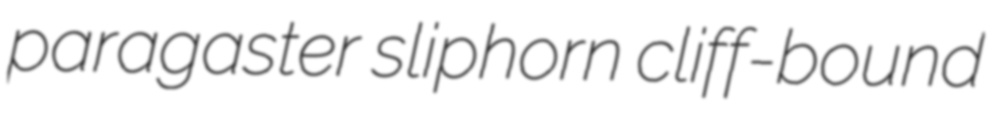
paragaster sliphorn cliff-bound